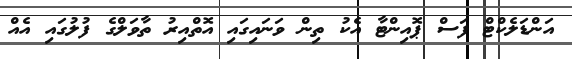
އަންޑަލެކްޓް ފަސް ޕޮއިންޓާ އެކު ތިން ވަނައިގައި އޮތްއިރު ތާވަލްގެ ފުލުގައި އެއް